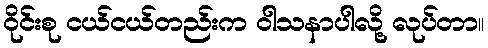
ဝိုင်းစု ငယ်ငယ်တည်းက ဝါသနာပါလို့ လုပ်တာ။